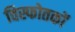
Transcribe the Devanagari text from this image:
विस्फोतकों